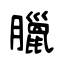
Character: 臘